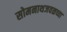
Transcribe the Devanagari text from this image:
सोमनाथजवळच्या